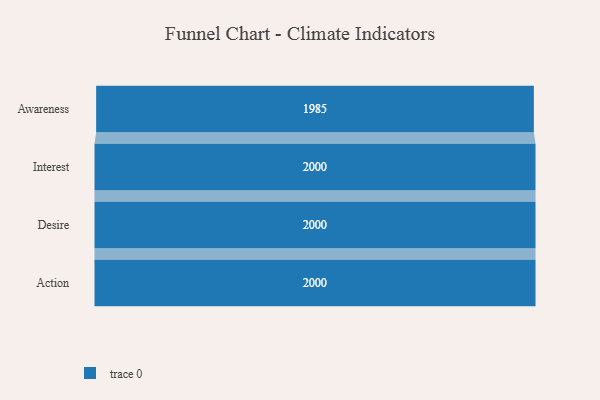
{"axis": {"x": "Stage", "y": "Value"}, "legend": [""], "data": [{"x": "Awareness", "y": 1985.0, "type": ""}, {"x": "Interest", "y": 2000, "type": ""}, {"x": "Desire", "y": 2000, "type": ""}, {"x": "Action", "y": 2000, "type": ""}]}